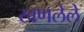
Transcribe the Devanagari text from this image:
खणलेले